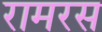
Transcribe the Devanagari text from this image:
रामरस